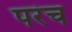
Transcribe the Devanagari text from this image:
परंच